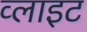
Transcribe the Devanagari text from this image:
व्‍लाइट